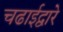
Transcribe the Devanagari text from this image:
चढाईद्वारे